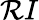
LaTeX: \mathcal{R}I